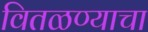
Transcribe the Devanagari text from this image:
वितळण्याचा